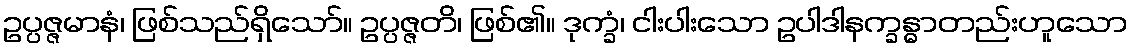
ဥပ္ပဇ္ဇမာနံ၊ ဖြစ်သည်ရှိသော်။ ဥပ္ပဇ္ဇတိ၊ ဖြစ်၏။ ဒုက္ခံ၊ ငါးပါးသော ဥပါဒါနက္ခန္ဓာတည်းဟူသော